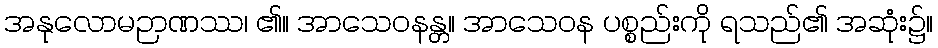
အနုလောမဉာဏဿ၊ ၏။ အာသေဝနန္တ။ အာသေဝန ပစ္စည်းကို ရသည်၏ အဆုံး၌။